Regulations for the medical services of the Army of India
Year: 1930
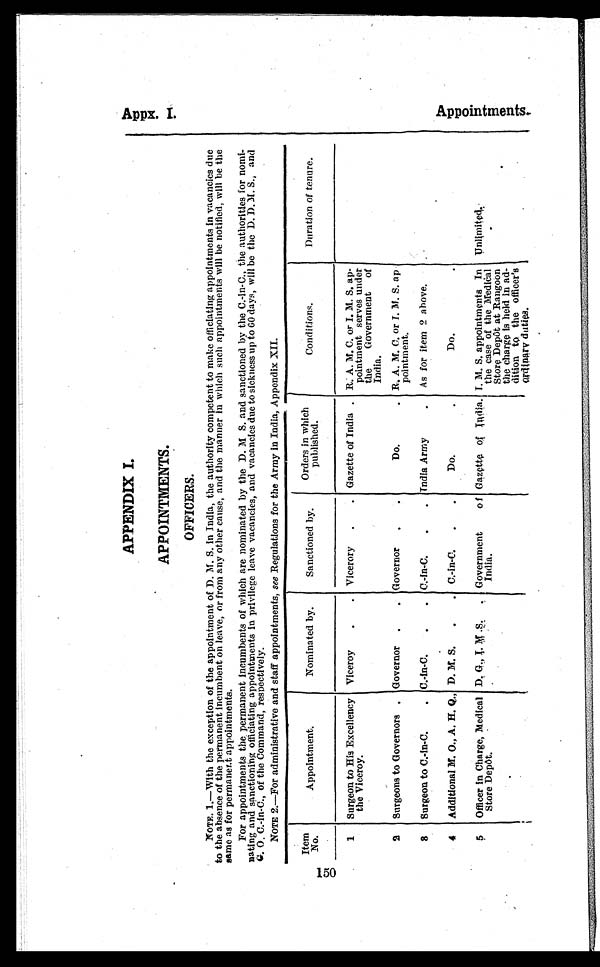
150
APPENDIX I.
APPOINTMENTS.
OFFICERS.
NOTE. 1.—With the exception of the appointment of D. M. S. in India, the authority competent to make officiating appointments in vacancies due
to the absence of the permanent incumbent on leave, or from any other cause, and the mann er in which such appointments will be notified, will be the
same as for permanent appointments.
For appointments the permanent incumbents of which are nominated by the D. M S. and sanctioned by the C.-in-C., the authorities for nomi-
nating and sanctioning officiating appointments in privilege leave vacancies, and vacancies due to sickness up to 60 days, will be the D. D. M. S., and
G. O. C.-in-C., of the Command, respectively.
NOTE 2.—For administrative and staff appointments, see Regulations for the Army in India, Appendix XII.
Item
No.
Appointment.
Nominated by.
Sanctioned by.
Orders in which
published.
Conditions.
Duration of tenure.
1
Surgeon to His Excellency
the Viceroy.
Viceroy
Vicerory
Gazette of India
R. A. M. C. or I. M. S. ap-
pointment serves under
the Government of
India.
2
Surgeons to Governors
Governor
Governor
Do.
R. A. M. C. or T. M. S. ap-
pointment.
3
Surgeon to C.-In-C.
C. -in-C.
C. -in-C.
India Army
As for item 2 above.
4
Additional M. O., A. H. Q., D. M. S.
C. -in-C.
Do.
Do.
5
Officer in Charge, Medical
Store Depôt.
D. G., I. M.S.
Government of
India.
Gazette of India. T. M. S. appointments In
the case of the Medical
Store Depôt at Rangoon
the charge is held in ad-
dition to the officer's
ordinary duties.
Unlimited.
Appx. I.
A p p o i n t m e n t s .